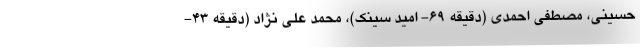
حسینی، مصطفی احمدی (دقیقه ۶۹- امید سینک)، محمد علی نژاد (دقیقه ۴۳-